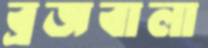
ব্রজবালা